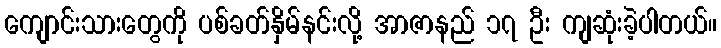
ကျောင်းသားတွေကို ပစ်ခတ်နှိမ်နင်းလို့ အာဇာနည် ၁၇ ဦး ကျဆုံးခဲ့ပါတယ်။